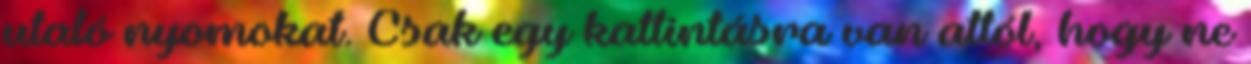
utaló nyomokat. Csak egy kattintásra van attól, hogy ne